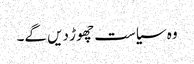
وہ سیاست چھو ڑ دیں گے۔